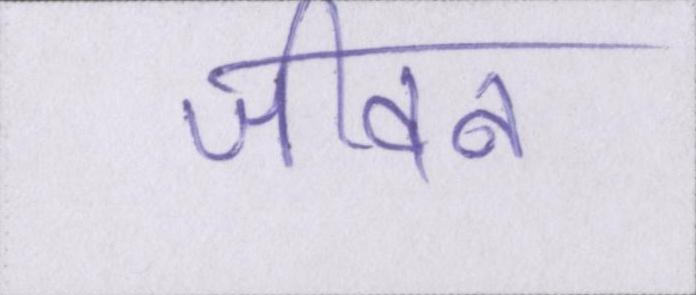
जीवन